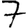
Digit: 7